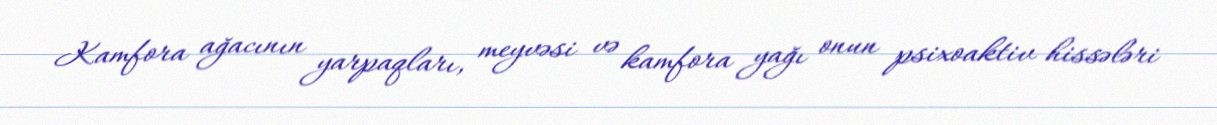
Kamfora ağacının yarpaqları, meyvəsi və kamfora yağı onun psixoaktiv hissələri